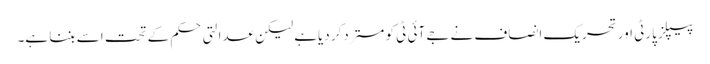
پیپلز پارٹی اور تحریک انصاف نے جے آئی ٹی کو مستردکر دیاہے لیکن عدالتی حکم کے تحت اسے بننا ہے۔